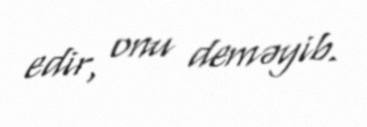
edir, onu deməyib.